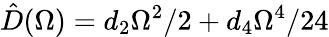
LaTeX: \hat{D}(\Omega)=d_{2}\Omega^{2}/2+d_{4}\Omega^{4}/24